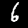
Label: 6